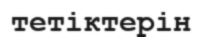
тетіктерін